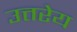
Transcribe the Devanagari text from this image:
उत्तरेय